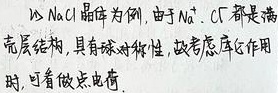
以 $NaCl$ 晶体为例，由于 $Na^+$、$Cl^-$ 都是满壳层结构，具有球对称性，故考虑库仑作用时，可看成点电荷。